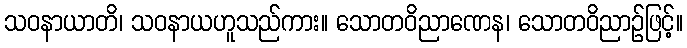
သဝနာယာတိ၊ သဝနာယဟူသည်ကား။ သောတဝိညာဏေန၊ သောတဝိညာဉ်ဖြင့်။